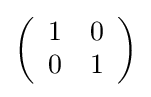
{\textstyle \left({\begin{array}{cc}1&0\\0&1\end{array}}\right)}